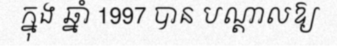
ក្នុង ឆ្នាំ 1997 បាន បណ្តាលឱ្យ